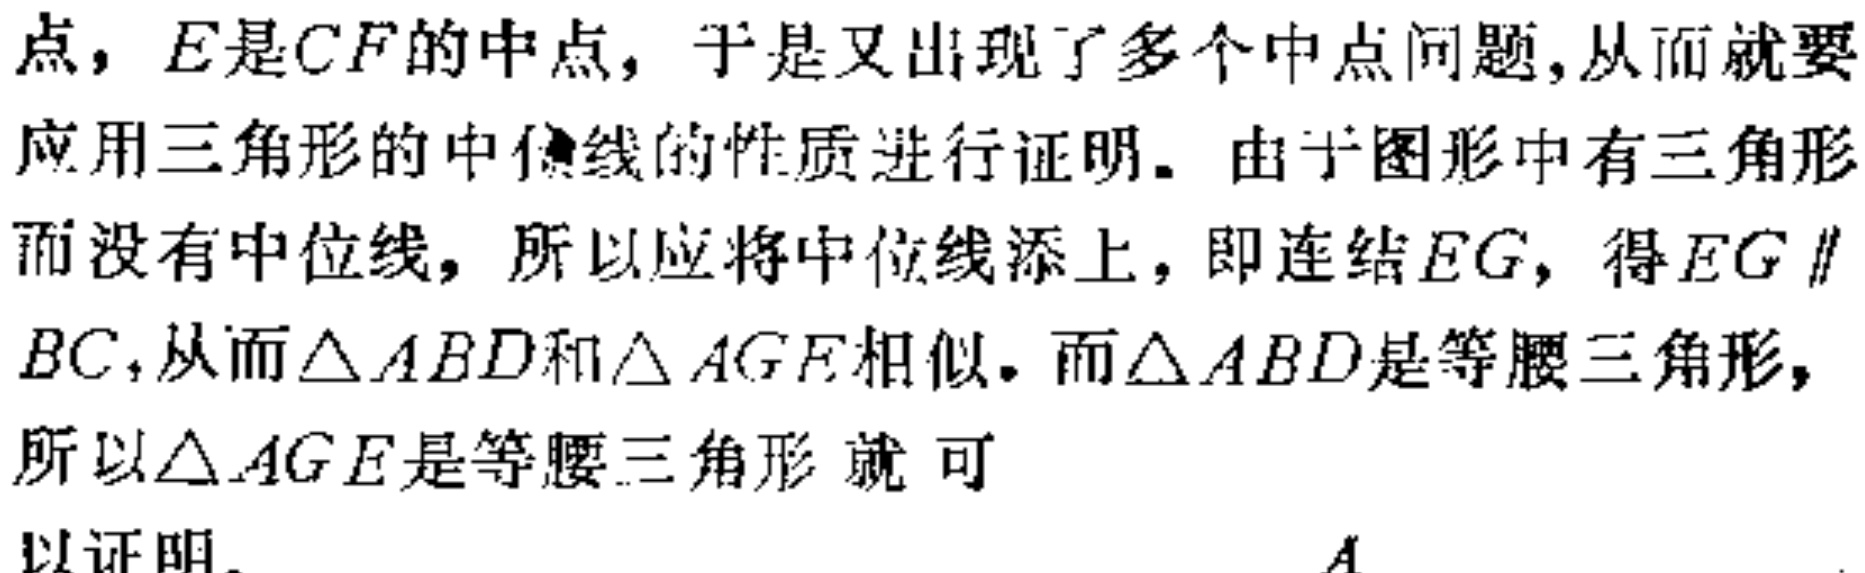
点，\(E\)是\(CF\)的中点，于是又出现了多个中点问题,从而就要应用三角形的中位线的性质进行证明。由于图形中有三角形而没有中位线，所以应将中位线添上，即连结\(EG\)，得\(EG \parallel BC\)，从而\(\triangle ABD\)和\(\triangle AGE\)相似。而\(\triangle ABD\)是等腰三角形，所以\(\triangle AGE\)是等腰三角形 就 可

以证明。